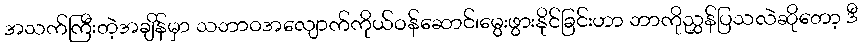
အသက်ကြီးတဲ့အချိန်မှာ သဘာဝအလျောက်ကိုယ်ဝန်ဆောင်၊မွေးဖွားနိုင်ခြင်းဟာ ဘာကိုညွှန်ပြသလဲဆိုတော့ ဒီ